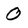
Character: 0